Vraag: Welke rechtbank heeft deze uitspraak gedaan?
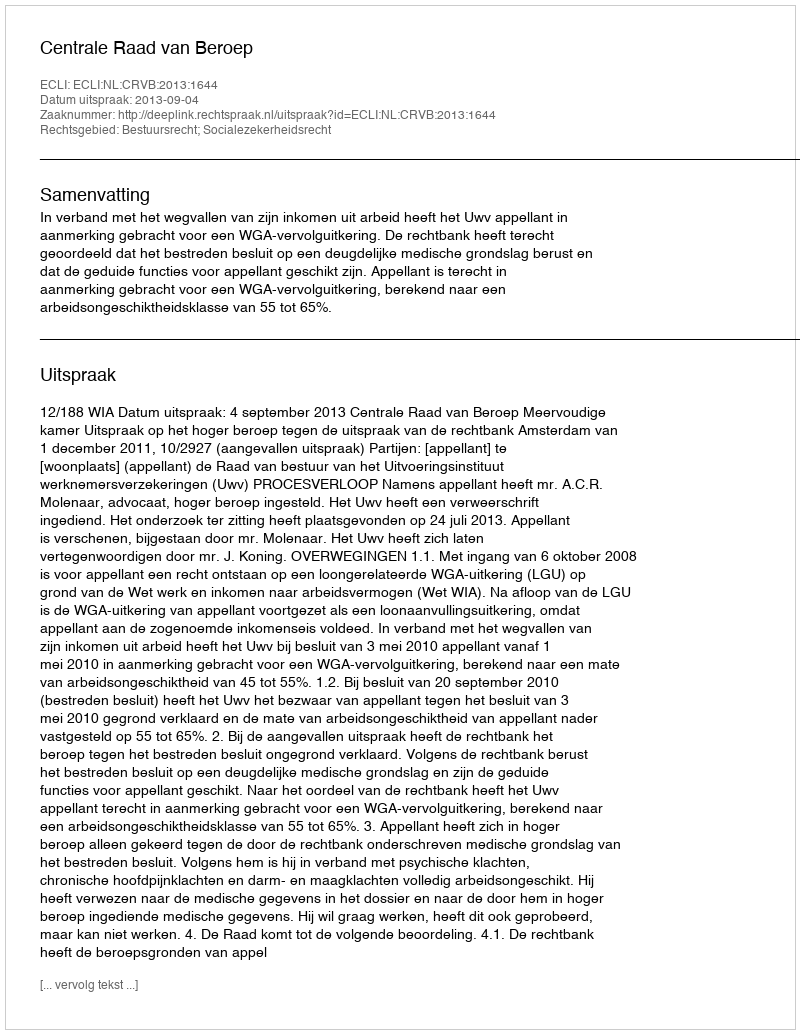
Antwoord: Centrale Raad van Beroep